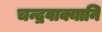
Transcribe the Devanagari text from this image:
चन्द्रवाक्यानि